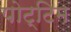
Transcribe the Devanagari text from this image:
पोट्टिम